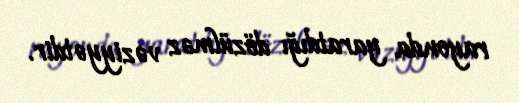
rayonda yaratdığı dözülməz vəziyyətdir.